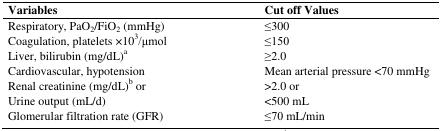
<table><thead><tr><td><b>Variables</b></td><td><b>Cut off Values</b></td></tr></thead><tbody><tr><td>Respiratory, PaO<sub>2</sub>/FiO<sub>2</sub> (mmHg)</td><td>≤300</td></tr><tr><td>Coagulation, platelets ×10<sup>3</sup>/μmol</td><td>≤150</td></tr><tr><td>Liver, bilirubin (mg/dL)a</td><td>≥2.0</td></tr><tr><td>Cardiovascular, hypotension</td><td>Mean arterial pressure &lt;70 mmHg</td></tr><tr><td>Renal creatinine (mg/dL)b or</td><td>&gt;2.0 or</td></tr><tr><td>Urine output (mL/d)</td><td>&lt;500 mL</td></tr><tr><td>Glomerular filtration rate (GFR)</td><td>≤70 mL/min</td></tr></tbody></table>